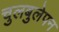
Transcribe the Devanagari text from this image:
चुलबुलेपन